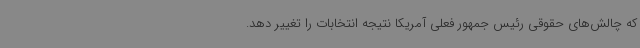
که چالش‌های حقوقی رئیس جمهور فعلی آمریکا نتیجه انتخابات را تغییر دهد.